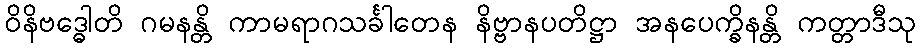
ဝိနိဗဒ္ဓေါတိ ဂမနန္တိ ကာမရာဂသင်္ခါတေန နိဗ္ဗာနပတိဋ္ဌာ အနပေက္ခိနန္တိ ကတ္တာဒီသု